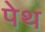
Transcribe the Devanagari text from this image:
पेथ